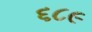
૬૮૯